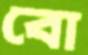
বো